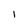
Character: I